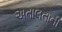
અતાલતાની